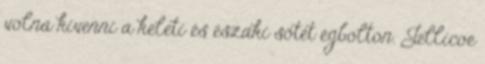
volna kivenni a keleti és északi sötét égbolton. Jellicoe